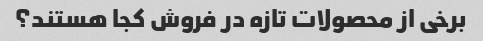
برخی از محصولات تازه در فروش کجا هستند؟